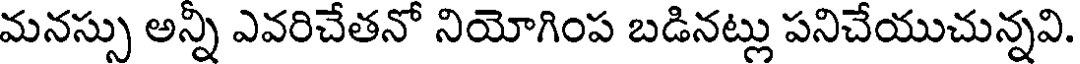
మనస్సు అన్ని ఎవరిచేతనో నియోగింప బడినట్లు పనిచేయుచున్నవి